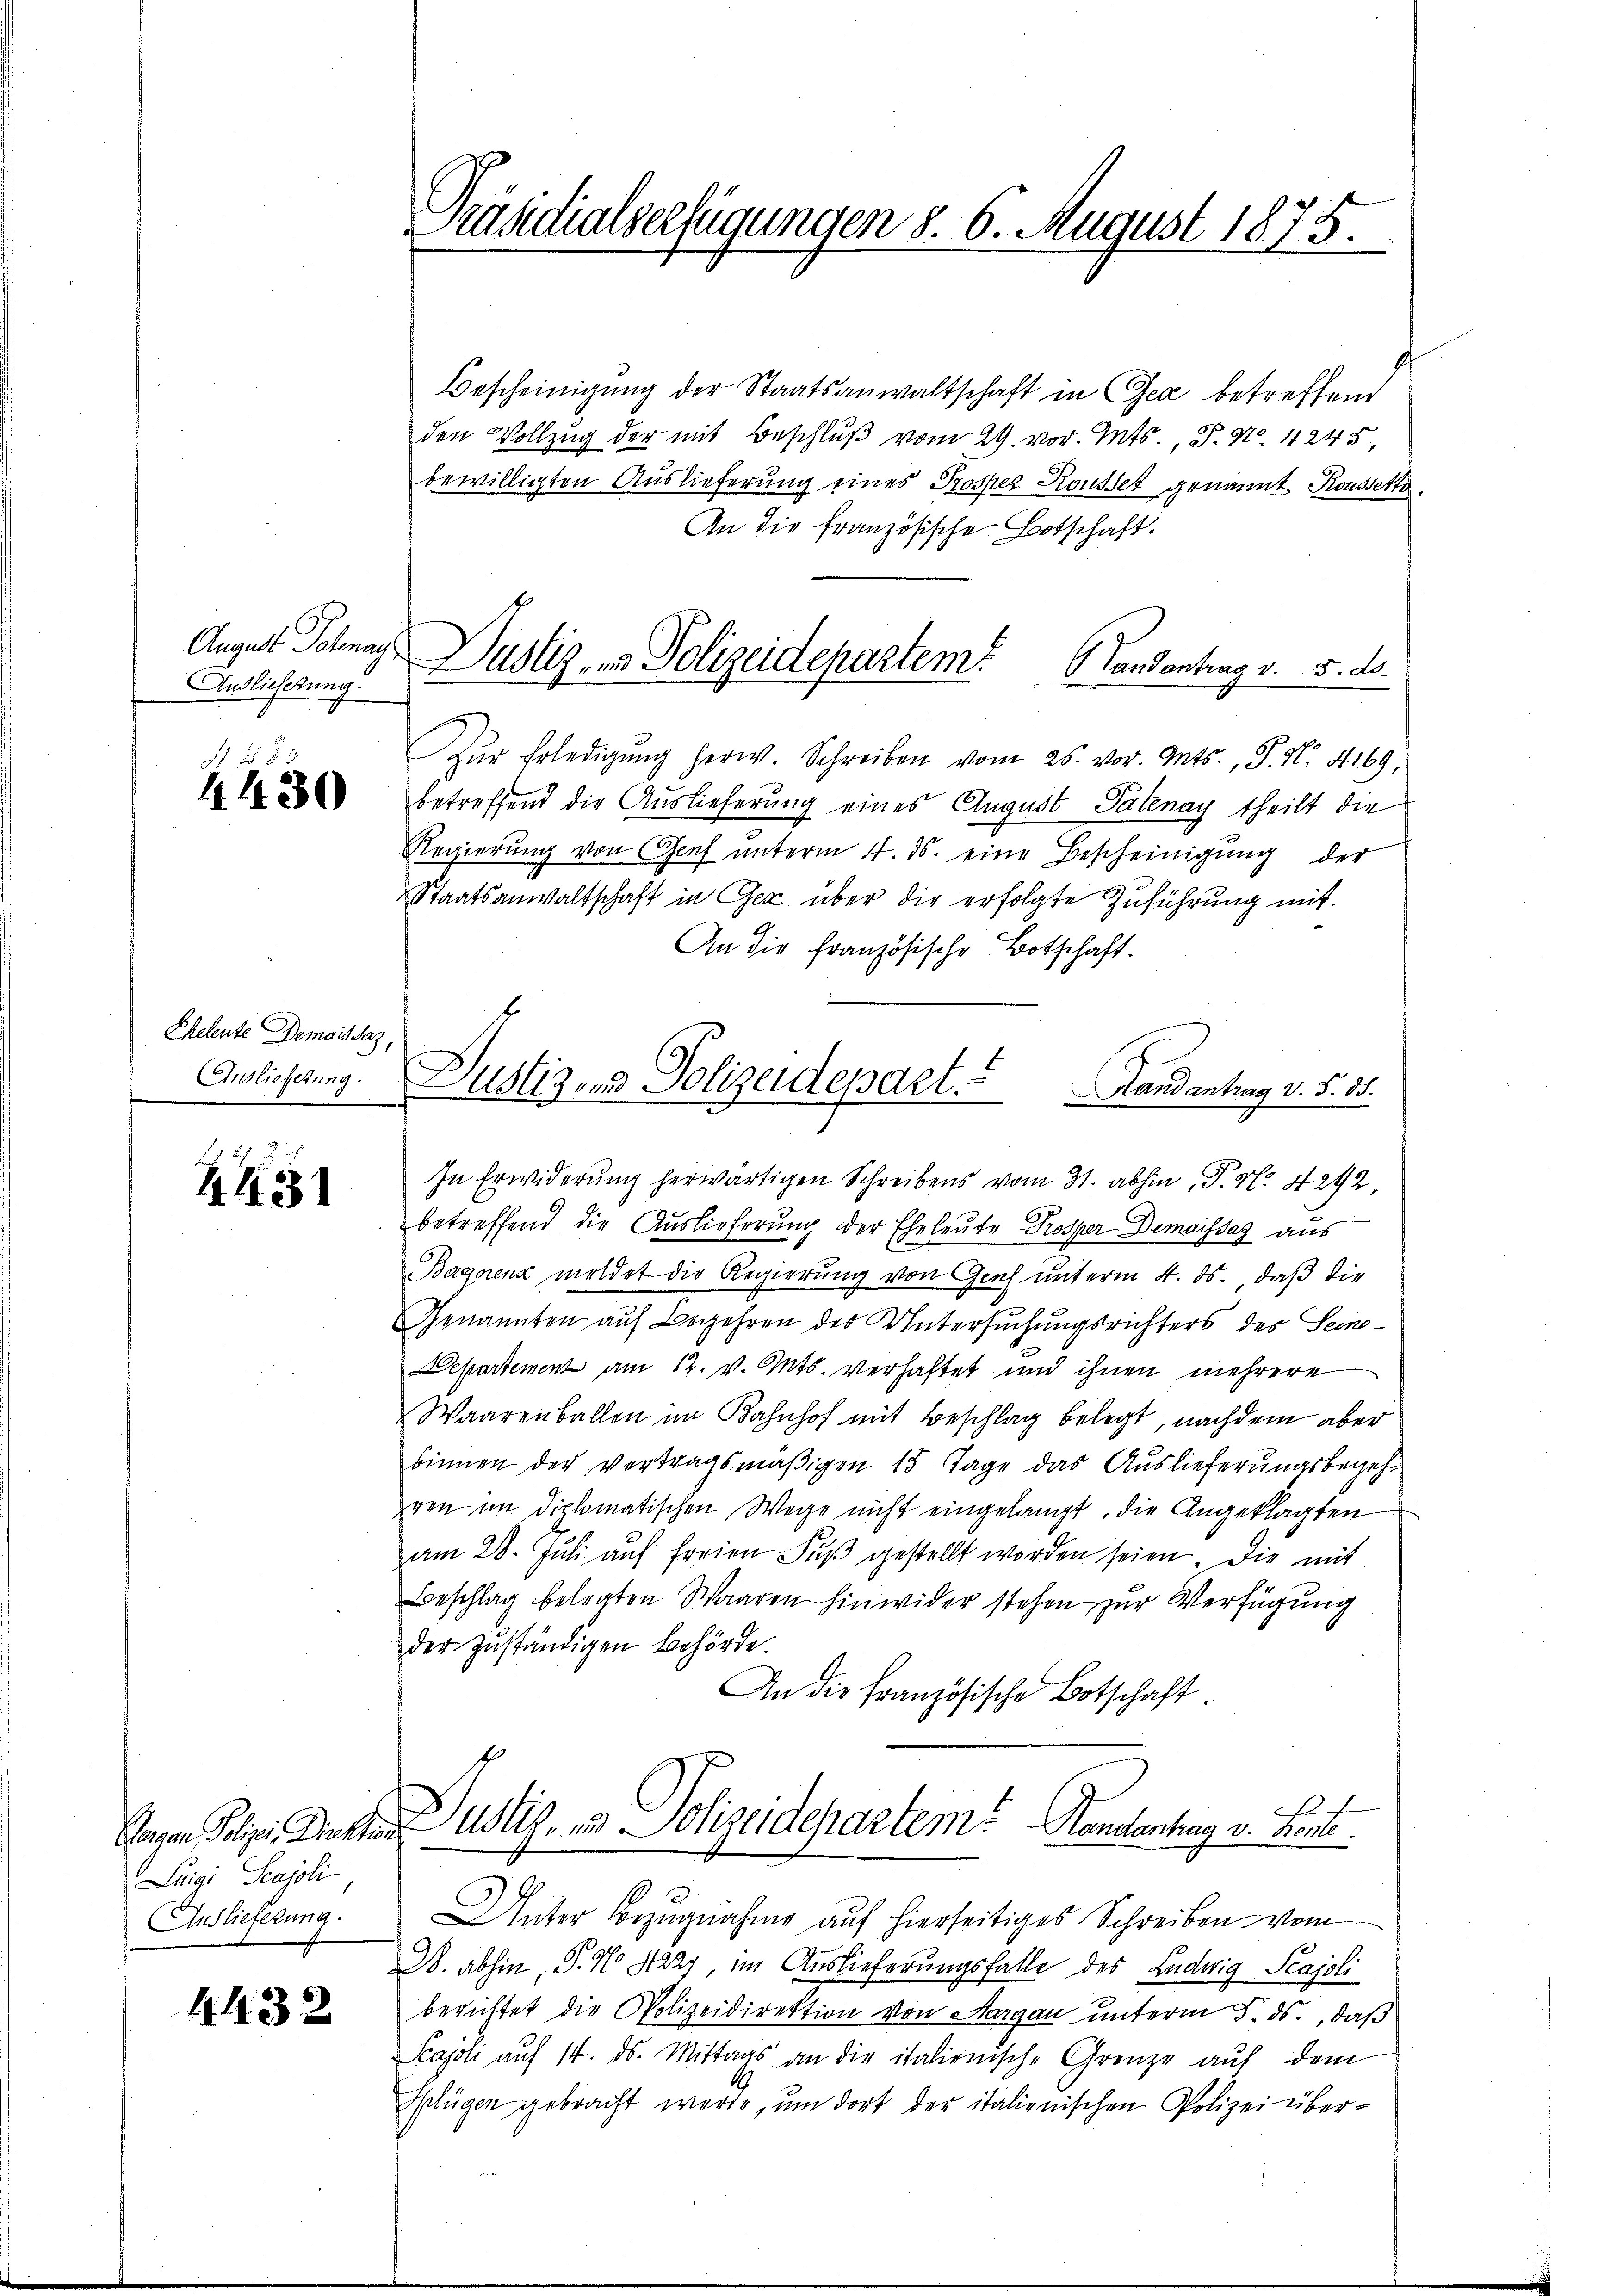
August Potenan
Anslieferung

Z430

Cheleute Demois saz,
Auslieferung.

451

Luigi Scajoli
Auslieferung.

4432

Präsidialserfügungen d. 6. August 1875.

Bescheinigung der Staatsanwaltschaft in Gea betreffend
den Vollzug der mit Beschluß vom 29. vor. Mts., P. Nr. 4245
bewilligten Auslieferung eines Prospez Kousset genannt Roussette.
An die französische Botschaft.
Zŭr Erledigŭng herw. Schreiben vom 25. vor. Mts., P. N. 4169,
betreffend die Auslieferung eines August Palenay theilt die
Regierŭng von Genf unterm 4. ds. eine Bescheinigung der
Staatsanwaltschaft in Gez über die erfolgte Zuführung mit
An die französische Botschaft.
betreffend die Auslieferung der Eheleute Prosper Demaissag aus
Bagnienz meldet die Regierung von Genf unterm 4. ds. daß die
Genannten auf Begehren des Untersuchungsrichters des Seine¬
Departement am 12. v. Mts. verhaftet und ihnen mehrere
Waarenballen im Bahnhof mit Beschlag belegt, nachdem aber
binnen der vertragsmäßigen 15 Tage das Auslieferungsbegehren im diplomatischen Wege nicht eingelangt, die Angeklagten
am 28. Jŭli aŭf freien Fŭβ gestellt worden seien. Die mit
Beschlag belegten Waaren hinwider stehen zur Verfügung
der zuständigen Behörde.
An die Französische Botschaft
Tagen Polizei Dinken ist, und Polizeidepartem? Handentrag v. Koste
Unter Bezugnahme auf hierseitiges Schreiben vom
W. abhin, S. No 4227, im Auslieferungsfalle des Ludwig Scajoli
berichtet die Polizeidirektion von Aargau unterm 5. ds., daß
Pajoli auf 14. ds. Mittags an die italienisch-Grenze auf dem
Splügen gebracht werde, um dort der italienischen Polizei über¬

Dustiz- und Polizeidepartem Landantrag v. 5. d.

Justizons-Polizeidepart. Landantrag v. 5. 85.
In Erwiderŭng herwärtigen Schreibens vom 31. abhin, P. Nr. 292.